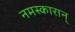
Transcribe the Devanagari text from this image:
नमस्कारान्